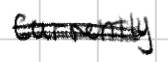
Text: currently
Cross-out: scratch
Writing tool: digital_black